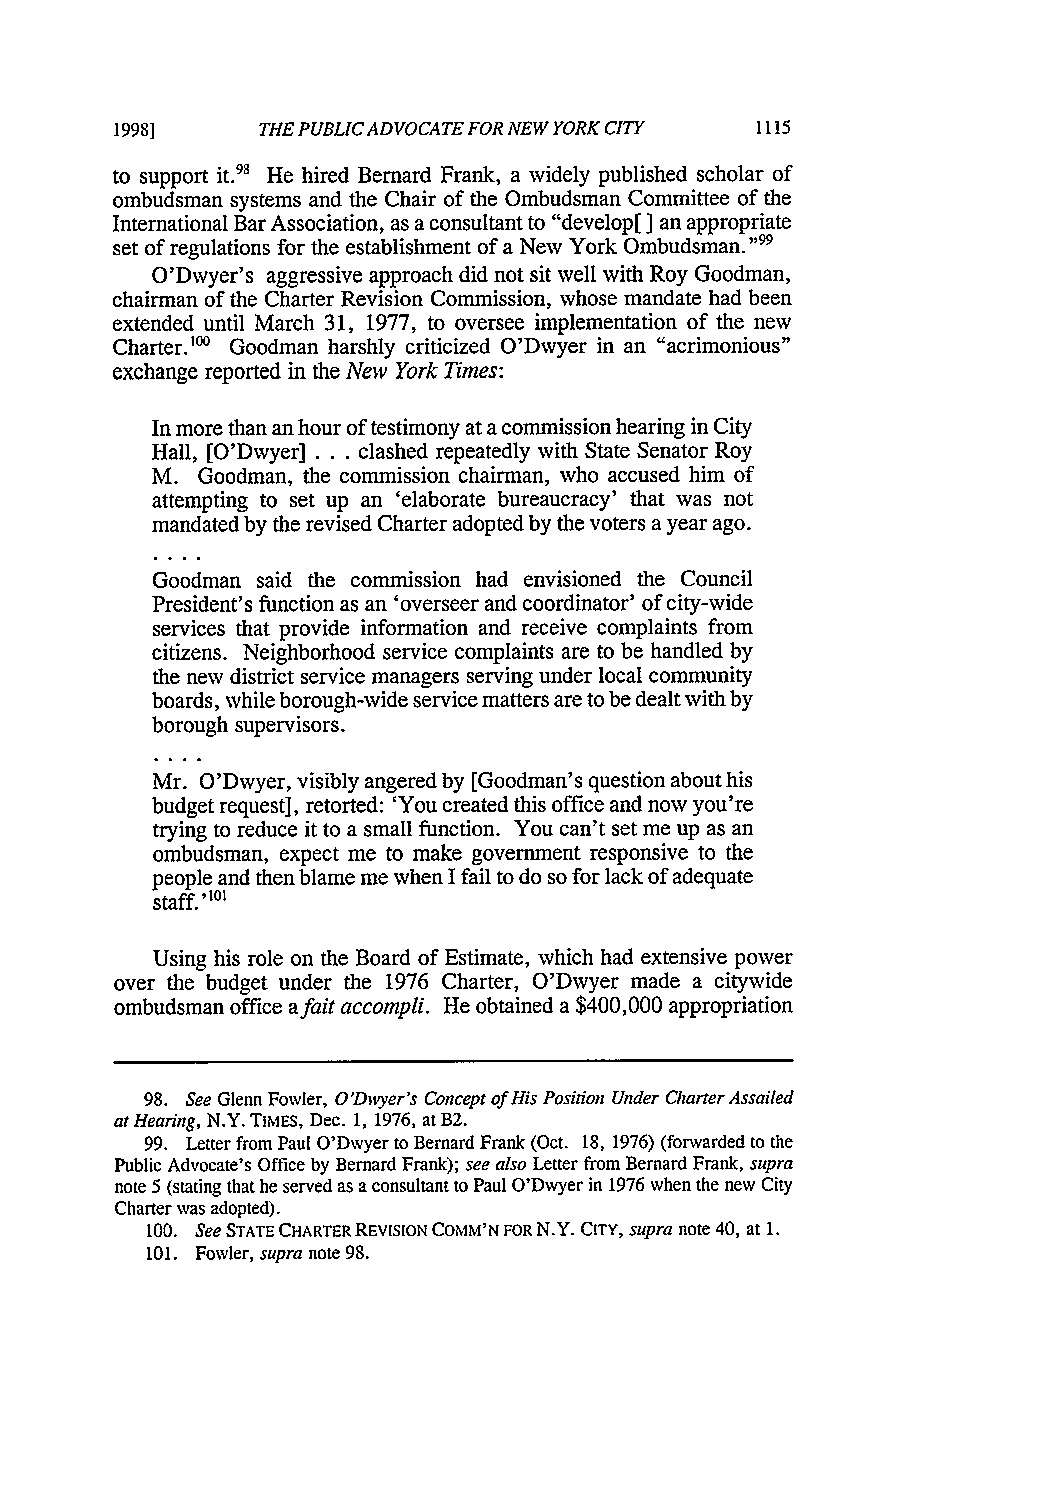
1998]    THE PUBLIC ADVOCATE FOR NEW YORK CITY
 to support it.98 He hired Bernard Frank, a widely published scholar of
 ombudsman systems and the Chair of the Ombudsman Committee of the
 International Bar Association, as a consultant to "develop[ ] an appropriate
 set of regulations for the establishment of a New York Ombudsman."99
 O'Dwyer's aggressive approach did not sit well with Roy Goodman,
 chairman of the Charter Revision Commission, whose mandate had been
 extended until March 31, 1977, to oversee implementation of the new
 Charter."° Goodman harshly criticized O'Dwyer in an "acrimonious"
 exchange reported in the New York Times:
 In more than an hour of testimony at a commission hearing in City
 Hall, [O'Dwyer] .. .clashed repeatedly with State Senator Roy
 M. Goodman, the commission chairman, who accused him of
 attempting to set up an 'elaborate bureaucracy' that was not
 mandated by the revised Charter adopted by the voters a year ago.
 Goodman said the commission had envisioned the Council
 President's function as an 'overseer and coordinator' of city-wide
 services that provide information and receive complaints from
 citizens. Neighborhood service complaints are to be handled by
 the new district service managers serving under local community
 boards, while borough-wide service matters are to be dealt with by
 borough supervisors.
 Mr. O'Dwyer, visibly angered by [Goodman's question about his
 budget request], retorted: 'You created this office and now you're
 trying to reduce it to a small function. You can't set me up as an
 ombudsman, expect me to make government responsive to the
 people and then blame me when I fail to do so for lack of adequate
 staff.) 101
 Using his role on the Board of Estimate, which had extensive power
 over the budget under the 1976 Charter, O'Dwyer made a citywide
 ombudsman office afait accompli. He obtained a $400,000 appropriation
 98. See Glenn Fowler, O'Dwyer's Concept of His Position Under CharterA ssailed
 at Hearing, N.Y. TIMES, Dec. 1, 1976, at B2.
 99. Letter from Paul O'Dwyer to Bernard Frank (Oct. 18, 1976) (forwarded to the
 Public Advocate's Office by Bernard Frank); see also Letter from Bernard Frank, supra
 note 5 (stating that he served as a consultant to Paul O'Dwyer in 1976 when the new City
 Charter was adopted).
 100. See STATE CHARTER REVISION COMM'N FOR N.Y. CITY, supra note 40, at 1.
 101. Fowler, supra note 98.